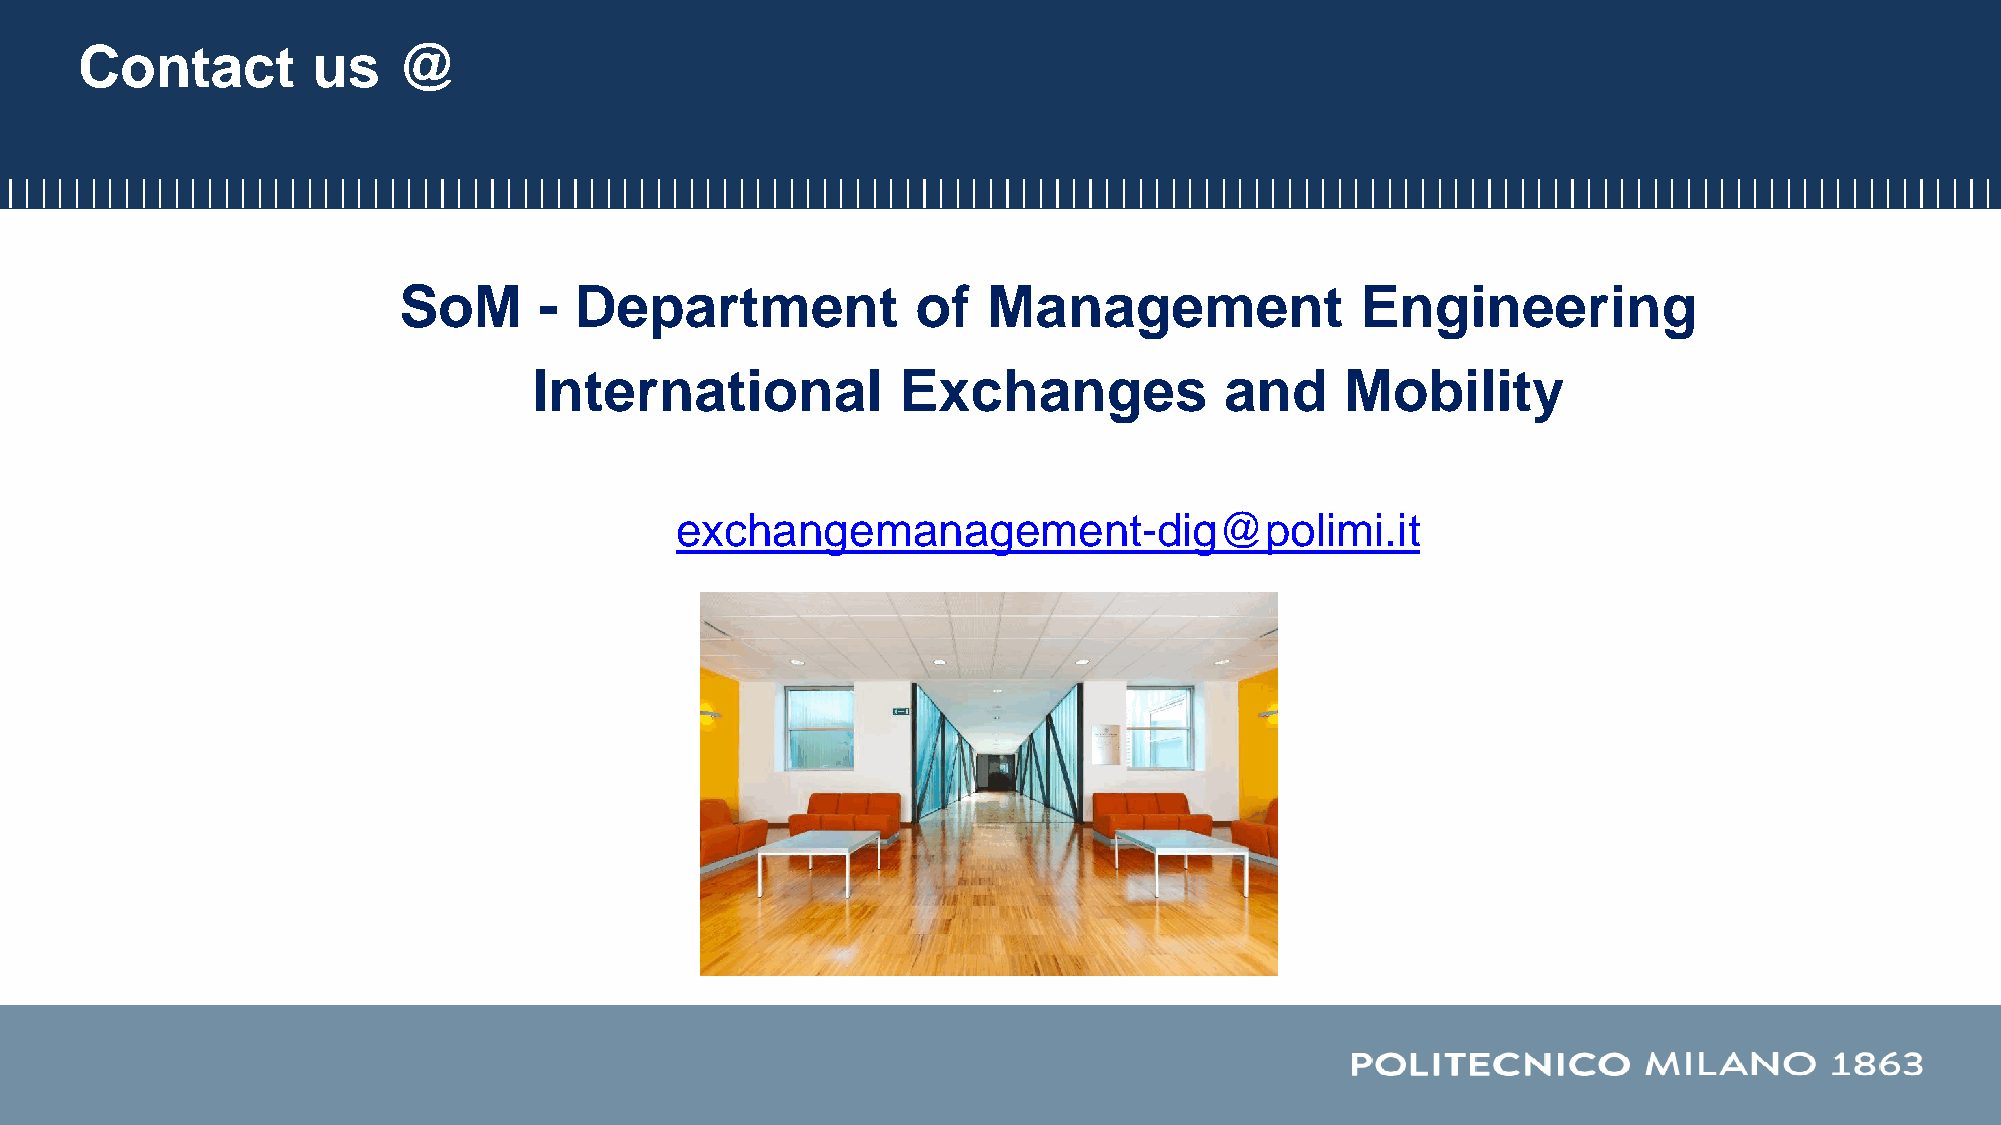
Contact         us   @
 SoM       - Department             of  Management               Engineering
 International            Exchanges            and     Mobility
 exchangemanagement-dig@polimi.it